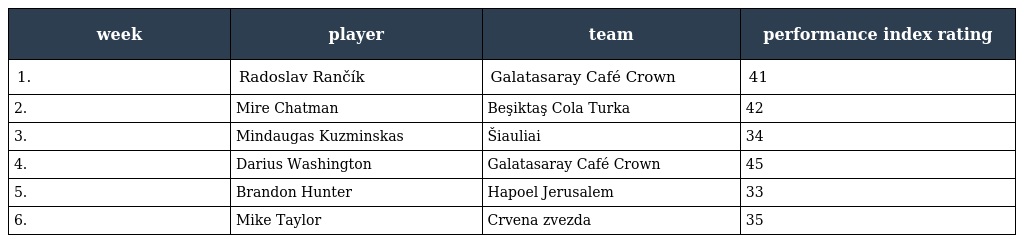
| week | player | team | performance index rating |
 | --- | --- | --- | --- |
 | 1. | Radoslav Rančík | Galatasaray Café Crown | 41 |
 | 2. | Mire Chatman | Beşiktaş Cola Turka | 42 |
 | 3. | Mindaugas Kuzminskas | Šiauliai | 34 |
 | 4. | Darius Washington | Galatasaray Café Crown | 45 |
 | 5. | Brandon Hunter | Hapoel Jerusalem | 33 |
 | 6. | Mike Taylor | Crvena zvezda | 35 |